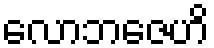
လောဘဇေဟိ